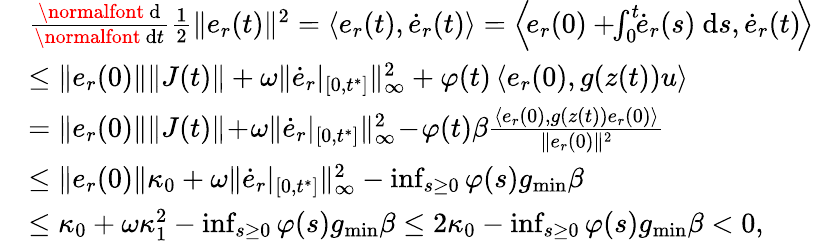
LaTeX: \begin{array}{rl}&{\frac{\mathrm{\normalfont~d}}{\mathrm{\normalfont~d}t}\frac{1}{2}\| e_{r}(t)\| ^{2}=\left\langle e_{r}(t),\dot{e}_{r}(t)\right\rangle=\left\langle\! e_{r}(0)+\! \! \textstyle\int_{0}^{t}\! \! \dot{e}_{r}(s)\ \mathrm{d}s,\dot{e}_{r}(t)\! \right\rangle}\\ &{\le\| e_{r}(0)\| \| J(t)\| +\omega\| \dot{e}_{r}|_{[0,t^{*}]}\| _{\infty}^{2}+\varphi(t)\left\langle e_{r}(0),g(z(t))u\right\rangle}\\ &{=\| e_{r}(0)\| \| J(t)\| \! +\! \omega\| \dot{e}_{r}|_{[0,t^{*}]}\| _{\infty}^{2}\! -\! \varphi(t)\beta\frac{\left\langle e_{r}(0),g(z(t))e_{r}(0)\right\rangle}{\| e_{r}(0)\| ^{2}}}\\ &{\le\| e_{r}(0)\| \kappa_{0}+\omega\| \dot{e}_{r}|_{[0,t^{*}]}\| _{\infty}^{2}-\operatorname*{inf}_{s\ge 0}\varphi(s)g_{\mathrm{min}}\beta}\\ &{\le\kappa_{0}+\omega\kappa_{1}^{2}-\operatorname*{inf}_{s\ge 0}\varphi(s)g_{\mathrm{min}}\beta\le 2\kappa_{0}-\operatorname*{inf}_{s\ge 0}\varphi(s)g_{\mathrm{min}}\beta<0,}\end{array}